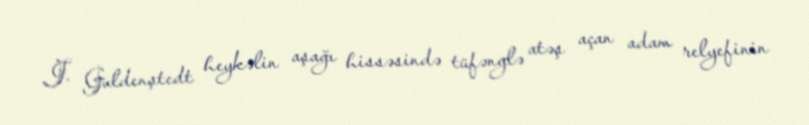
J. Guldenştedt heykəlin aşağı hissəsində tüfənglə atəş açan adam relyefinin